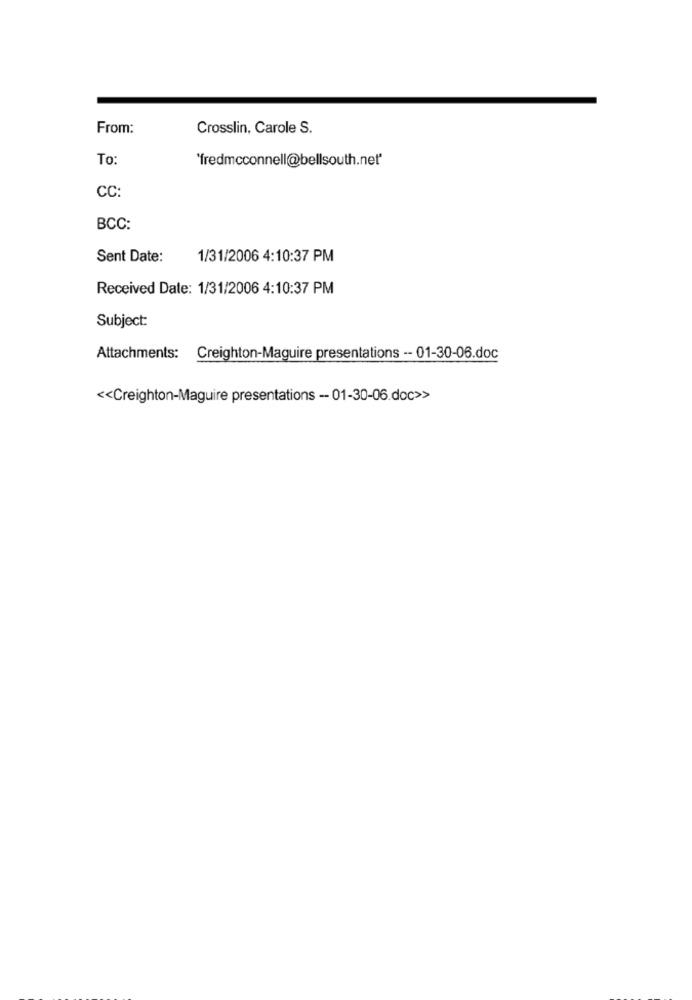
From:
Crosslin, Carole S.
To:
'fredmcconnell@bellsouth.net"
CC:
BCC:
Sent Date:
1/31/2006 4:10:37 PM
Received Date: 1/31/2006 4:10:37 PM
Subject:
Attachments: Creighton-Maguire presentations -- 01-30-06.doc
<< Creighton-Maguire presentations - 01-30-06.doc>>